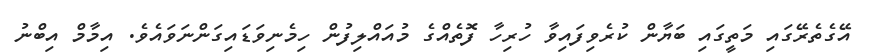
އޭގެތެރޭގައި މަތީގައި ބަޔާން ކުރެވިފައިވާ ހުރިހާ ފޮތެއްގެ މުއައްލިފުން ހިމެނިވަޑައިގަންނަވައެވެ. އިމާމް އިބްނު